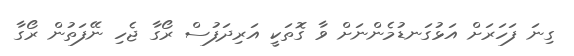
ގިނަ ފަހަރަށް އަޅުގަނޑުމެންނަށް ވާ ގޮތަކީ އަރިދަފުސް ރޯގާ ޖެހި ނޭފަތުން ރޯގާ